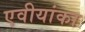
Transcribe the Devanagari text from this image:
एवीयांका